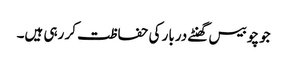
جو چوبیس گھنٹے دربار کی حفاظت کر رہی ہیں۔